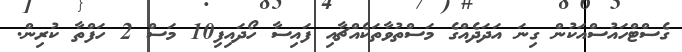
ގެސްޓްހައުސްއަކުން ގިނަ އަދަދެއްގެ މަސްތުވާތަކެއްޗާއި ފައިސާ ހޯދައިފި10 މަސް 2 ހަފްތާ ކުރިން.